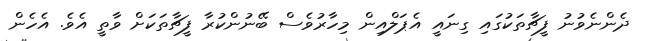
ދެންނެވުނު ފީޗާތަކުގައި ގިނައީ އެޕަލްއިން މިހާރުވެސް ބޭނުންކުރާ ފީޗާތަކަށް ވާތީ އެވެ. އެހެން